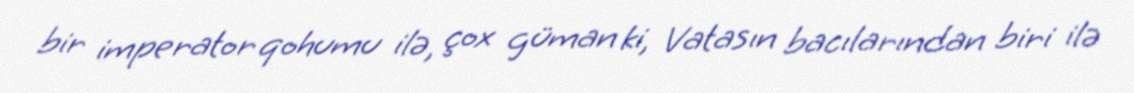
bir imperator qohumu ilə, çox güman ki, Vatasın bacılarından biri ilə